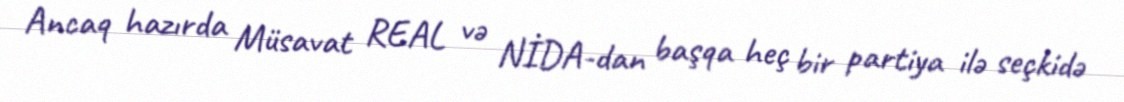
Ancaq hazırda Müsavat REAL və NİDA-dan başqa heç bir partiya ilə seçkidə